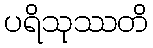
ပရိသုဿတိ